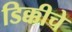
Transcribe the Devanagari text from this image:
डिक्कीचे